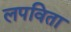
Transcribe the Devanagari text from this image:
लपविता